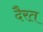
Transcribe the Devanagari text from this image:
दैरत